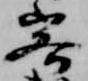
客